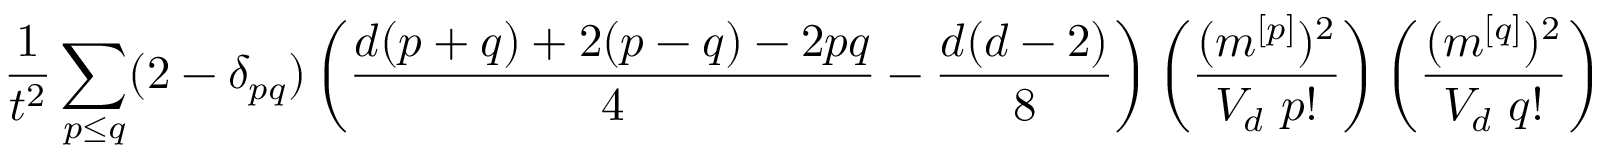
\frac { 1 } { t ^ { 2 } } \sum _ { p \le q } ( 2 - \delta _ { p q } ) \left( \frac { d ( p + q ) + 2 ( p - q ) - 2 p q } { 4 } - \frac { d ( d - 2 ) } { 8 } \right) \left( \frac { ( m ^ { [ p ] } ) ^ { 2 } } { V _ { d } ~ p ! } \right) \left( \frac { ( m ^ { [ q ] } ) ^ { 2 } } { V _ { d } ~ q ! } \right)